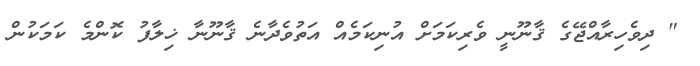
" ދިވެހިރާއްޖޭގެ ޤާނޫނީ ވެރިކަމަށް އުނިކަމެއް އަތުވެދާނެ ޤާނޫނާ ޚިލާފު ކޮންމެ ކަމަކުން